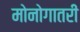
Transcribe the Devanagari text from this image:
मोनोगातरी